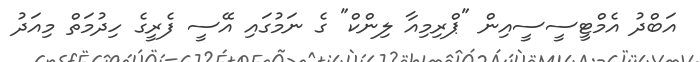
އަބްދު އެމްޓީސީސީއިން "ޕްރިމިއާ ލިންކް" ގެ ނަމުގައި އޭސީ ފެރީގެ ހިދުމަތް މިއަދު